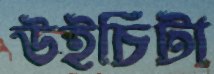
উইচিটা